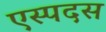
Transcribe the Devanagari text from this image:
एस्पदस